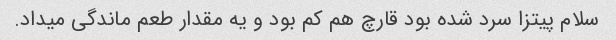
سلام پیتزا سرد شده بود قارچ هم کم بود و یه مقدار طعم ماندگی میداد.